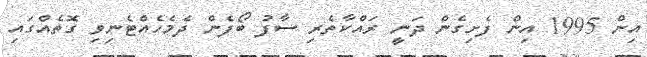
އިން 1995 އިން ފެށިގެން ދަނީ ރައްކާތެރި ސާފު ބޯފެން ދެމެހެއްޓެނިވި ގޮތެއްގައި